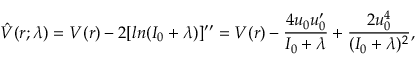
\hat { V } ( r ; \lambda ) = V ( r ) - 2 [ l n ( I _ { 0 } + \lambda ) ] ^ { \prime \prime } = V ( r ) - \frac { 4 u _ { 0 } u _ { 0 } ^ { \prime } } { I _ { 0 } + \lambda } + \frac { 2 u _ { 0 } ^ { 4 } } { ( I _ { 0 } + \lambda ) ^ { 2 } } ,